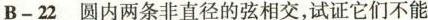
B - 2 2 圆内两条非直径的弦相交，试证它们不能